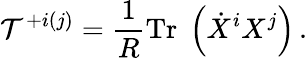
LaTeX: {\cal T}^{+i(j)}=\frac{1}{R}\mathrm{Tr}\; \left(\dot{X}^{i}X^{j}\right)\, .